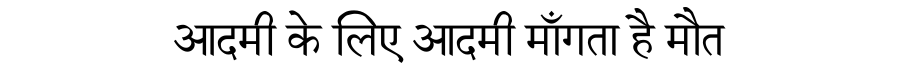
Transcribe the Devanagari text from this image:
आदमी के लिए आदमी माँगता है मौत